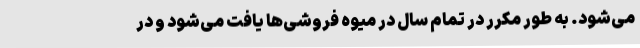
می‌شود. به طور مکرر در تمام سال در میوه فروشی‌ها یافت می‌شود و در